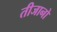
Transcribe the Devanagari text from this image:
तीजानो